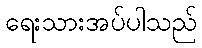
ရေးသားအပ်ပါသည်